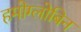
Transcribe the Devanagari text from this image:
हमोग्लोबिन